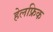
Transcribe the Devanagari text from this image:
हेलफ्रिक